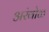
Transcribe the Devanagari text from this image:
अरंबोळ